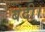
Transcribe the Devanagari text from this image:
बंदी।